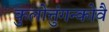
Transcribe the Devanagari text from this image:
कुलोत्तुंगन्कोवै